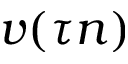
v ( \tau n )